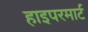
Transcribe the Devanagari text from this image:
हाइपरमार्ट